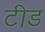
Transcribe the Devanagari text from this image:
टीड